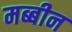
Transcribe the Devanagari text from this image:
मब्बीन